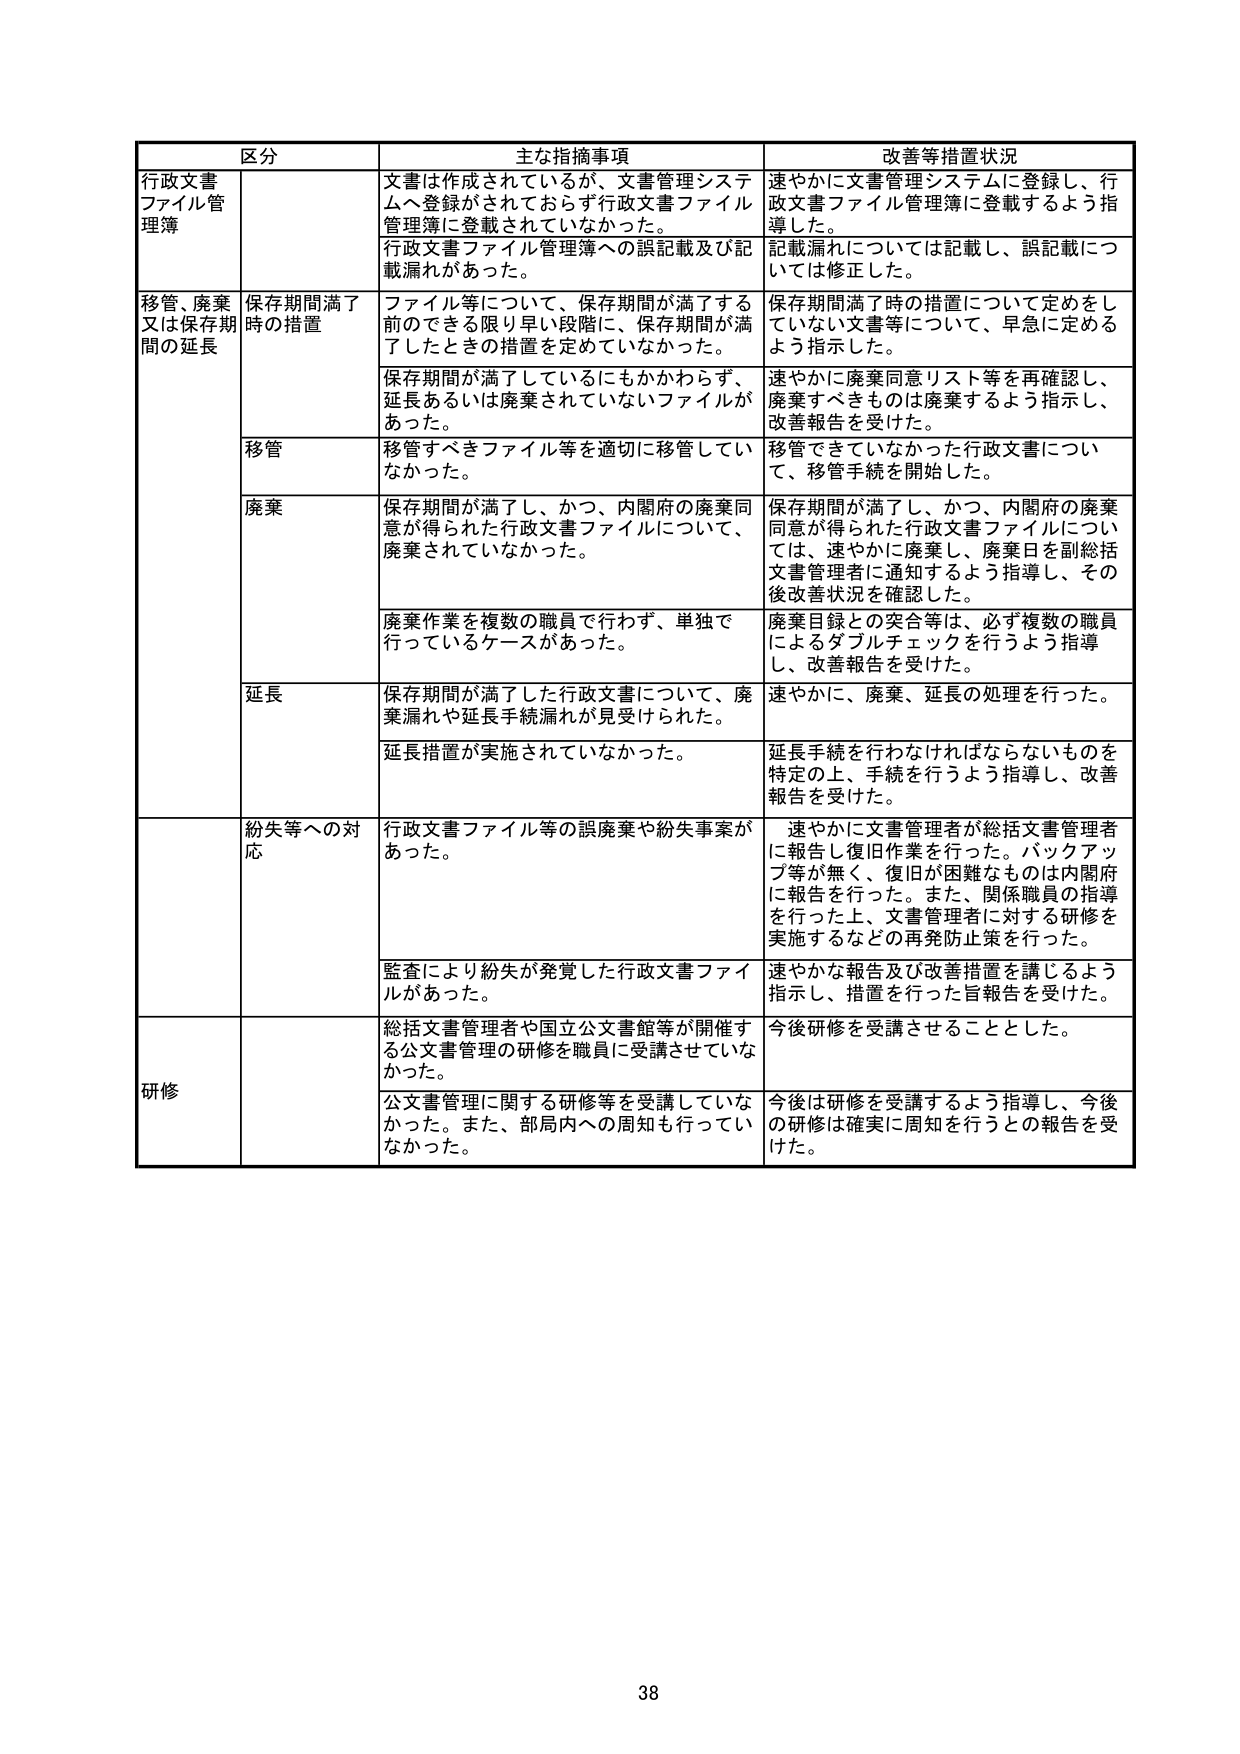
区 分
主な指摘事項
改善等措置状況

行政文書
ファイル管理簿
文書は作成されているが、文書管理システムへ登録がされておらず行政文書ファイル管理簿に登載されていなかった。
速やかに文書管理システムに登録し、行政文書ファイル管理簿に登載するよう指導した。
行政文書ファイル管理簿への誤記載及び記載漏れがあった。
記載漏れについては記載し、誤記載については修正した。

移管、廃棄又は保存期間の延長
保存期間満了時の措置
ファイル等について、保存期間が満了する前のできる限り早い段階に、保存期間が満了したときの措置を定めていなかった。
保存期間満了時の措置について定めをしていない文書等について、早急に定めるよう指示した。
保存期間が満了しているにもかかわらず、延長あるいは廃棄されていないファイルがあった。
速やかに廃棄同意リスト等を再確認し、廃棄すべきものは廃棄するよう指示し、改善報告を受けた。
移管
移管すべきファイル等を適切に移管していなかった。
移管できていなかった行政文書について、移管手続を開始した。
廃棄
保存期間が満了し、かつ、内閣府の廃棄同意が得られた行政文書ファイルについて、廃棄されていなかった。
保存期間が満了し、かつ、内閣府の廃棄同意が得られた行政文書ファイルについては、速やかに廃棄し、廃棄日を副総括文書管理者に通知するよう指導し、その後改善状況を確認した。
廃棄作業を複数の職員で行わず、単独で行っているケースがあった。
廃棄目録との突合等は、必ず複数の職員によるダブルチェックを行うよう指導し、改善報告を受けた。
延長
保存期間が満了した行政文書について、廃棄漏れや延長手続漏れが見受けられた。
速やかに、廃棄、延長の処理を行った。
延長措置が実施されていなかった。
延長手続を行わなければならないものを特定の上、手続を行うよう指導し、改善報告を受けた。

紛失等への対応
行政文書ファイル等の誤廃棄や紛失事案があった。
速やかに文書管理者が総括文書管理者に報告し復旧作業を行った。バックアップ等が無く、復旧が困難なものは内閣府に報告を行った。また、関係職員の指導を行った上、文書管理者に対する研修を実施するなどの再発防止策を行った。
監査により紛失が発覚した行政文書ファイルがあった。
速やかな報告及び改善措置を講じるよう指示し、措置を行った旨報告を受けた。

研修
総括文書管理者や国立公文書館等が開催する公文書管理の研修を職員に受講させていなかった。
今後研修を受講させることとした。
公文書管理に関する研修等を受講していなかった。また、部局内への周知も行っていなかった。
今後は研修を受講するよう指導し、今後の研修は確実に周知を行うとの報告を受けた。

38